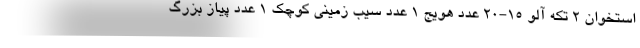
استخوان 2 تکه آلو 15-20 عدد هویج 1 عدد سیب زمینی کوچک 1 عدد پیاز بزرگ